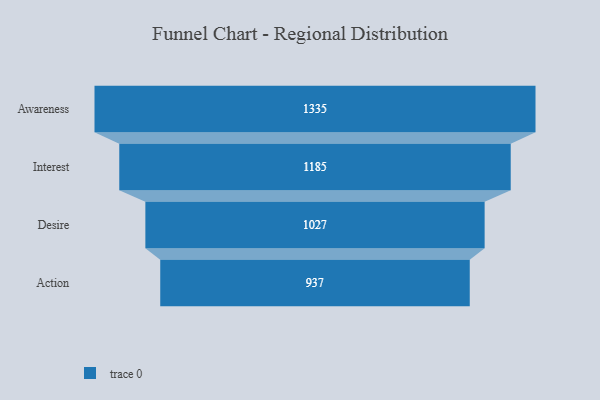
{"axis": {"x": "Stage", "y": "Value"}, "legend": [""], "data": [{"x": "Awareness", "y": 1335.0, "type": ""}, {"x": "Interest", "y": 1185.0, "type": ""}, {"x": "Desire", "y": 1027.0, "type": ""}, {"x": "Action", "y": 937.0, "type": ""}]}